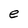
Character: e